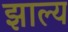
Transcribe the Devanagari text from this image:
झाल्य